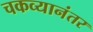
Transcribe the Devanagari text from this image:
चकव्यानंतर